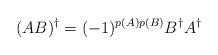
LaTeX: \begin{align*}(AB)^\dagger =(-1)^{p(A)p(B)} B^\dagger A^\dagger\end{align*}